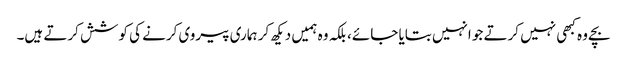
بچے وہ کبھی نہیں کرتے جو انہیں بتایا جائے، بلکہ وہ ہمیں دیکھ کر ہماری پیروی کرنے کی کوشش کرتے ہیں۔